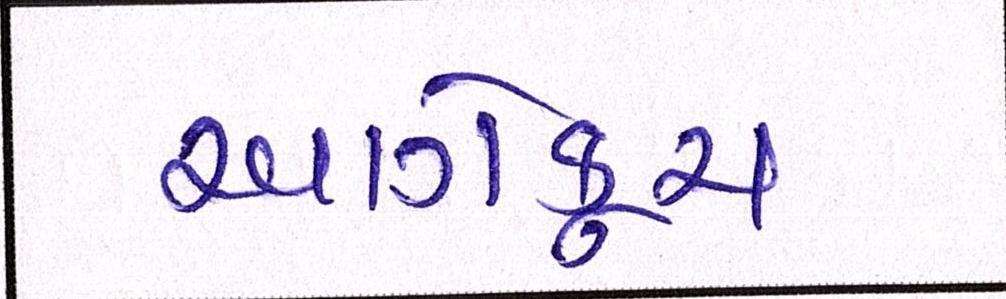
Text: આગેકૂચ